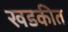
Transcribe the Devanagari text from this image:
खडकीत